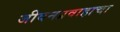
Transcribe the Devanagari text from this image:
जीवनप्रवाहाचा